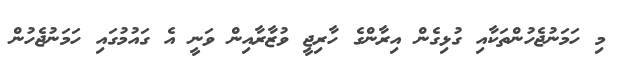
މި ހަމަނުޖެހުންތަކާއި ގުޅިގެން އިރާންގެ ހާރިޖީ ވުޒާރާއިން ވަނީ އެ ގައުމުގައި ހަމަނުޖެހުން